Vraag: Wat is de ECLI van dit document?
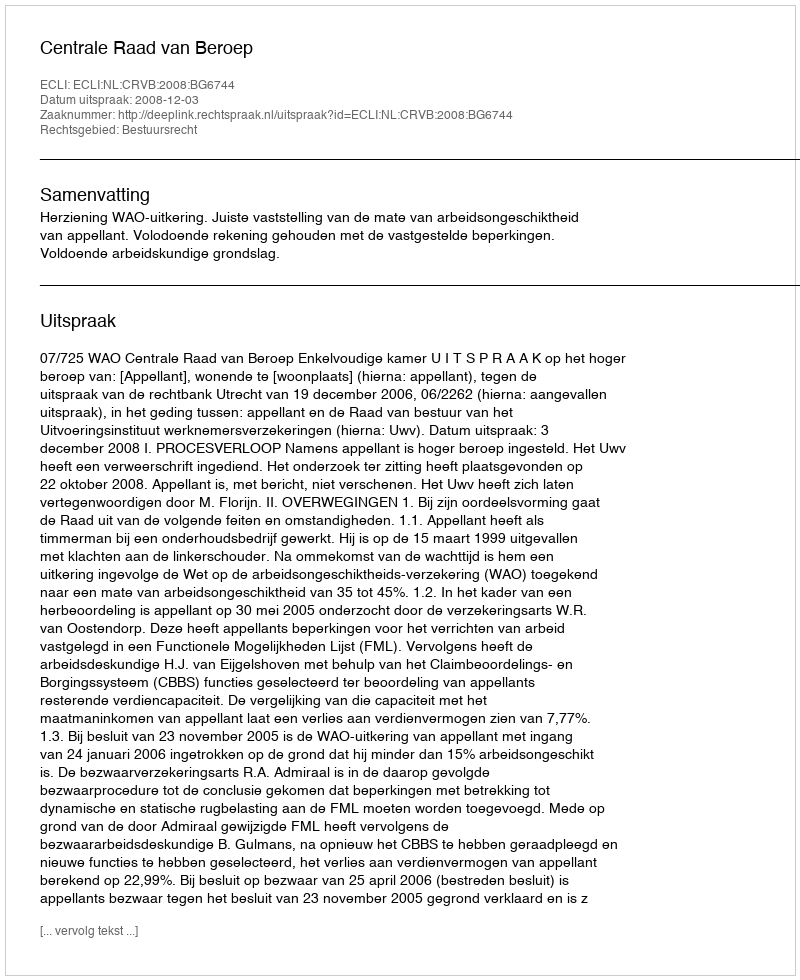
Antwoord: ECLI:NL:CRVB:2008:BG6744